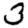
Digit: 3